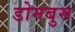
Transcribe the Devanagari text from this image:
डोमबुस